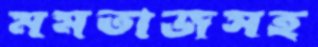
মমতাজসহ